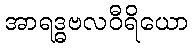
အာရဒ္ဓဗလဝီရိယော